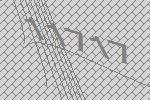
11717